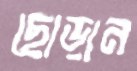
ছোড়ান